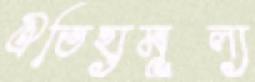
ঐতিহ্যমূল্য